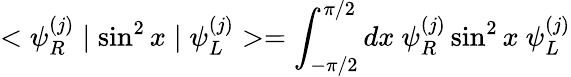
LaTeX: <\psi_{R}^{(j)}\mid\sin^{2}x\mid\psi_{L}^{(j)}>=\int_{-\pi/2}^{\pi/2}dx\ \psi_{R}^{(j)}\sin^{2}x\ \psi_{L}^{(j)}